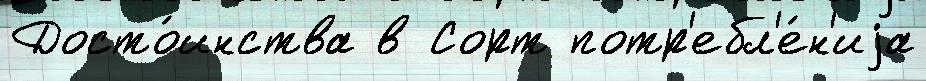
Досто́инства в Сорт потр'ебл'е́н'иjа